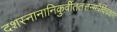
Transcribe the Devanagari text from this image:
दशस्नानानिकुर्वीततत्तन्मंत्रैर्विचक्षणः